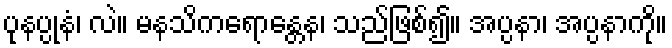
ပုနပ္ပုနံ၊ လဲ။ မနသိကရောန္တေန၊ သည်ဖြစ်၍။ အပ္ပနာ၊ အပ္ပနာကို။